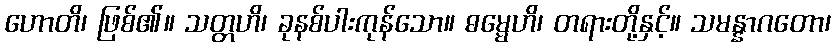
ဟောတိ၊ ဖြစ်၏။ သတ္တဟိ၊ ခုနစ်ပါးကုန်သော။ ဓမ္မေဟိ၊ တရားတို့နှင့်။ သမန္နာဂတော၊